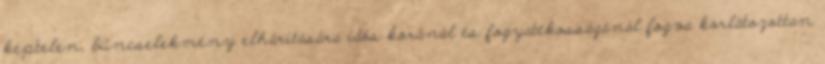
képtelen, bűncselekmény elhárítására idős koránál és fogyatékosságánál fogva korlátozottan